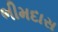
ભીમદાસ